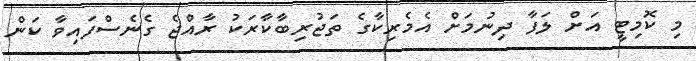
މި ކޮމިޓީ އަށް ލަފާ ދިނުމަށް އެމެރިކާގެ ތަޖުރިބާކާރަކު ރާއްޖެ ގެނެސްފައިވާ ކަން